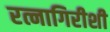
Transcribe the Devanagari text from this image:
रत्नागिरीशी